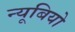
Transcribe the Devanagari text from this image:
न्यूबियो